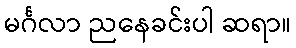
မင်္ဂလာ ညနေခင်းပါ ဆရာ။